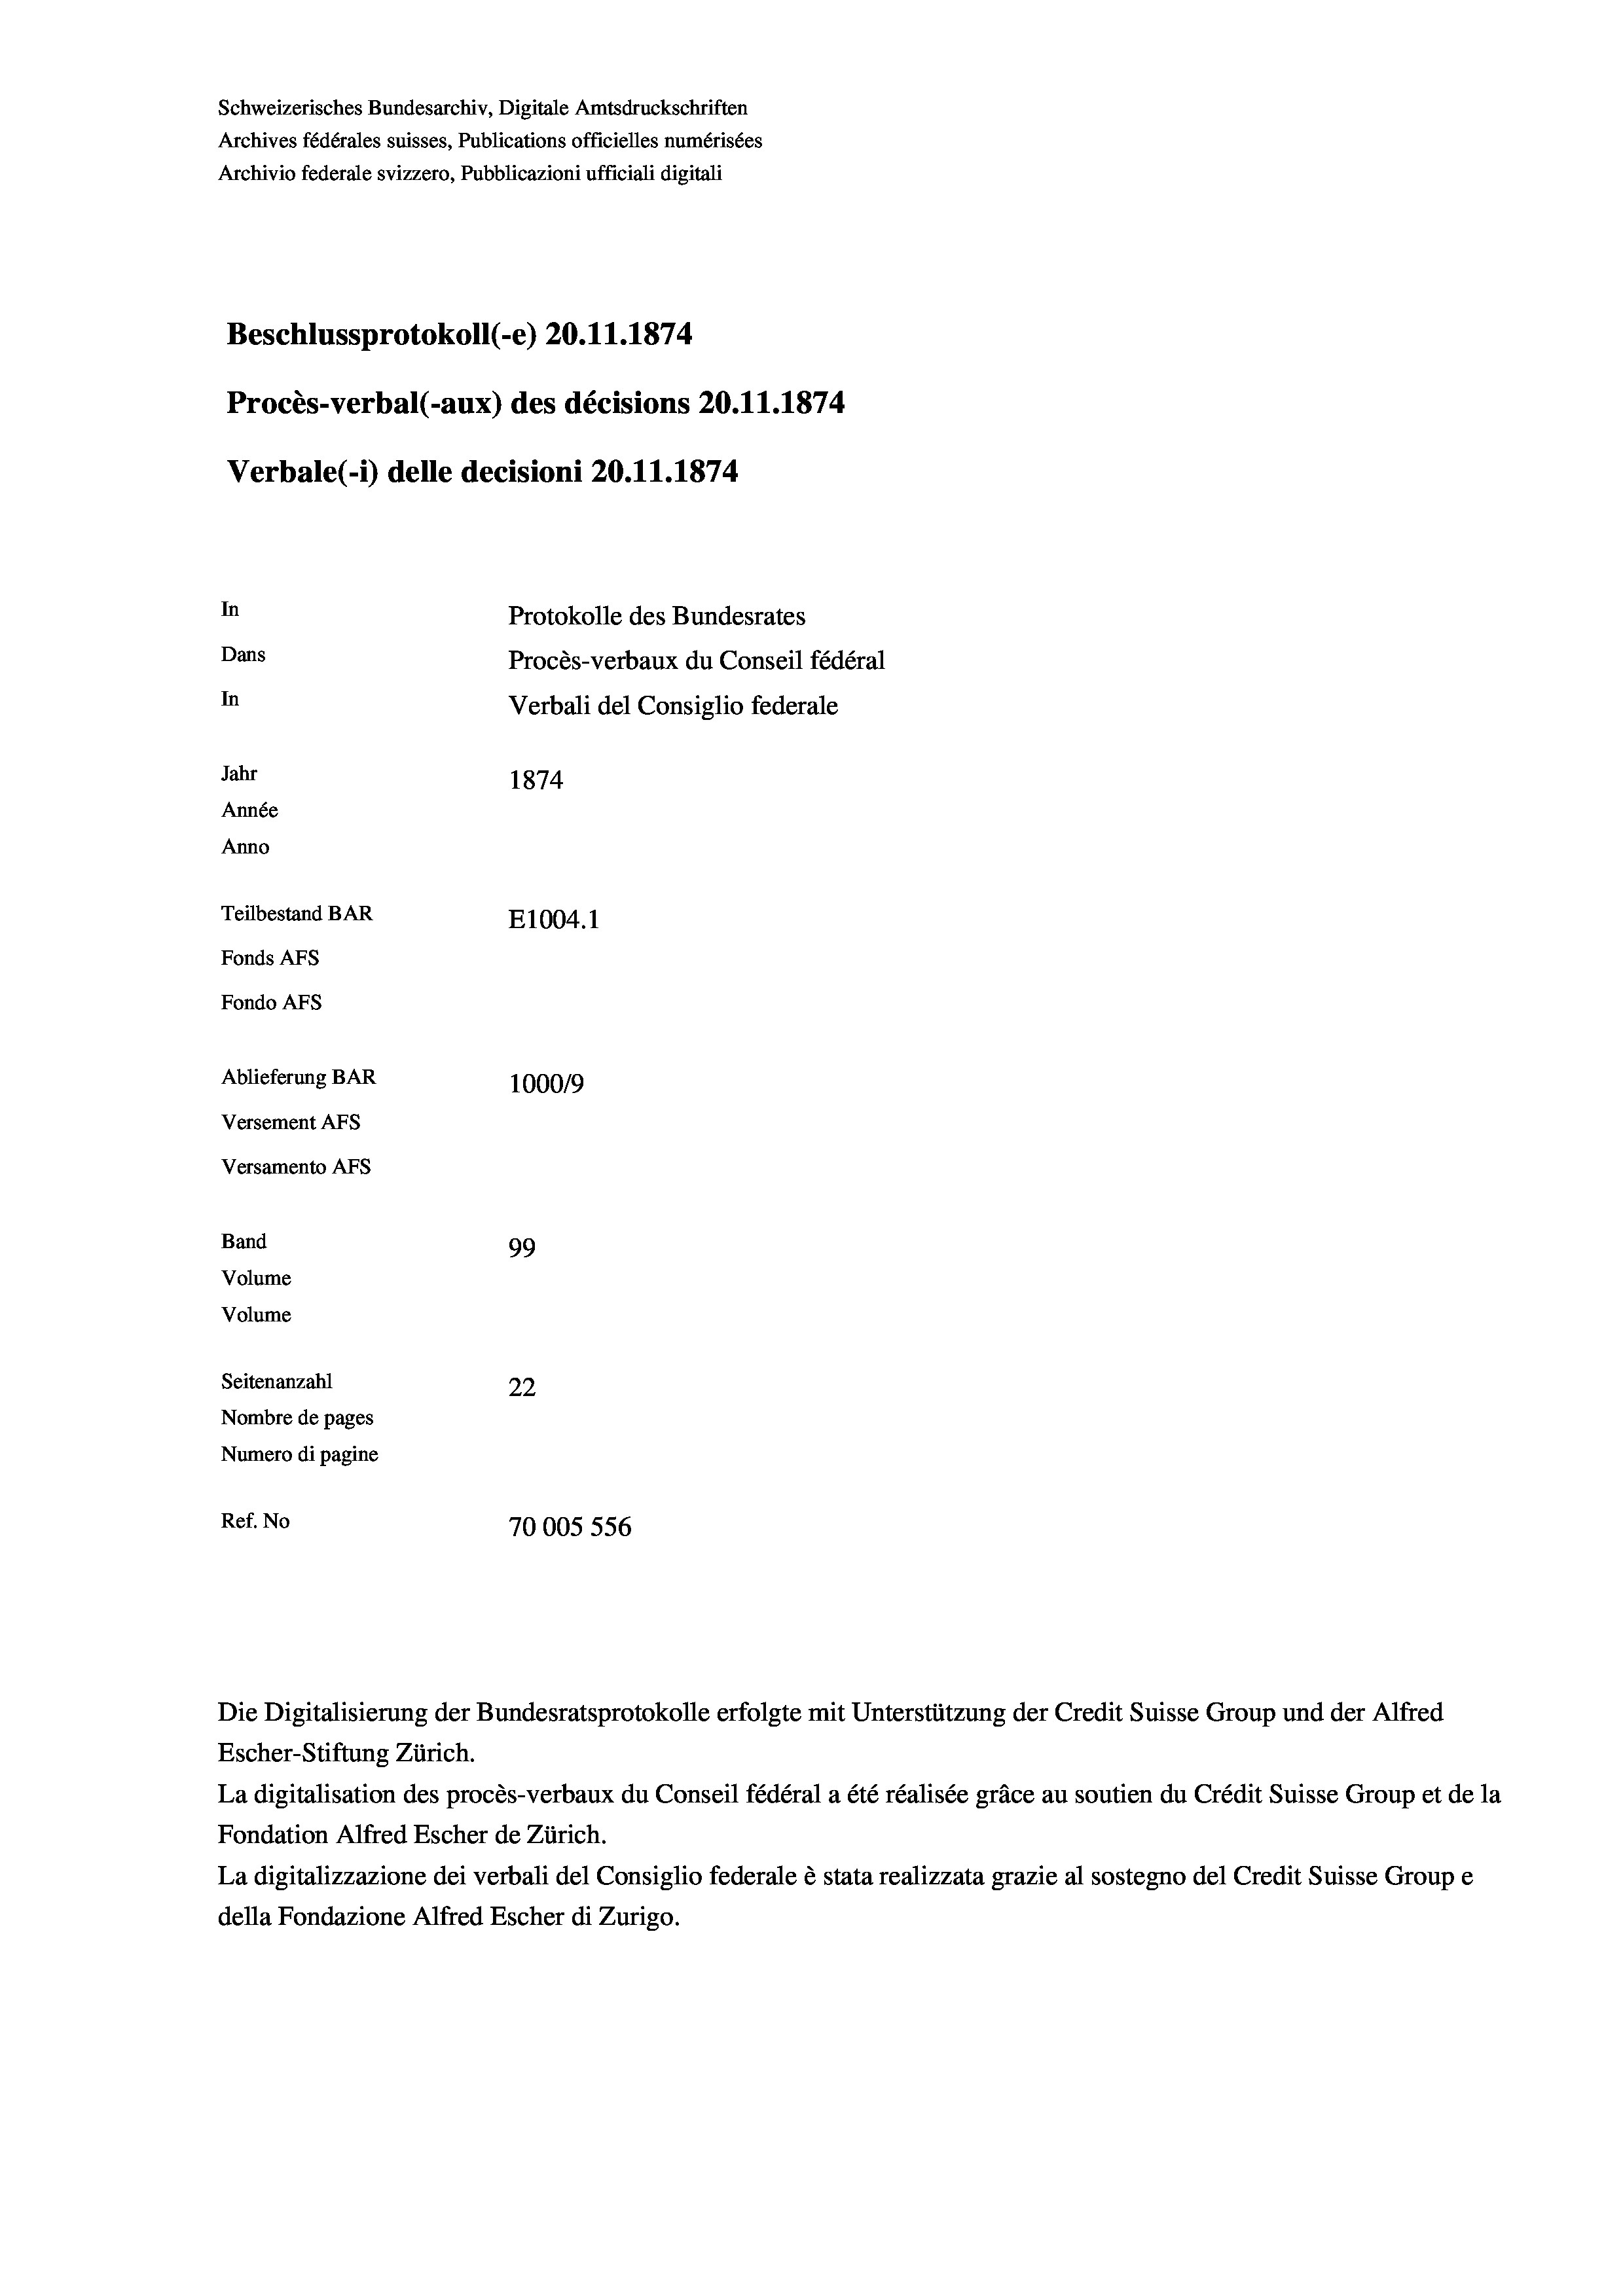
Schweizerisches Bundesarchiv, Digitale Amtsdruckschriften
Archives fédérales suisses, Publications officielles numérisées
Archivio federale svizzero, Pubblicazioni ufficiali digitali
Beschlussprotokoll (-e) 20.11.1874
Procès-verbal (-aux) des décisions 20.11.1874
Verbale (- 1) delle decisioni 20.11.1874

Versamento AFs
Band
Volume
Volume
Seitenanzahl
Nombre de pages

In
Dans
In
Jahr
1874
Année
Anno
Teilbestand BAR
E1004.1
Fonds AFs
Fondo AFs
Ablieferung BAR
100019
Versement Abs

99
22
Numero di pagine
Ref. No
70005 556

Protokolle des Bundesrates
Procès-verbaux du Conseil fédéral
Verbali del Consiglio federale

Die Digitalisierung der Bundesratsprotokolle erfolgte mit Unterstützung der Credit Suisse Group und der Alfred
Escher-Stiftung Zürich.
La digitalisation des procès-verbaux du Conseil fédéral a été réalisée gräce au soutien du Crédit Suisse Group et de la
Fondation Alfred Escher de Zürich.
La digitalizzazione dei verbali del Consiglio federale è stata realizzata grazie al sostegno del Credit Suisse Groupe
della Fondazione Alfred Escher di Zurigo.